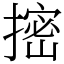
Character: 㨸